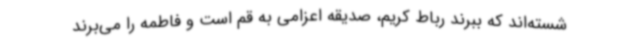
شسته‌اند که ببرند رباط کریم، صدیقه اعزامی به قم است و فاطمه را می‌برند